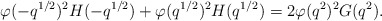
\begin{align*} \varphi(-q^{1/2})^2H(-q^{1/2})+\varphi(q^{1/2})^2H(q^{1/2}) = 2\varphi(q^2)^2G(q^2).\end{align*}